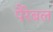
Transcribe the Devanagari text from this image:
पैरेबल